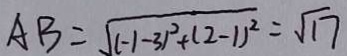
A B = \sqrt { ( - 1 - 3 ) ^ { 2 } + ( 2 - 1 ) ^ { 2 } } = \sqrt { 1 7 }